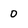
Character: 0